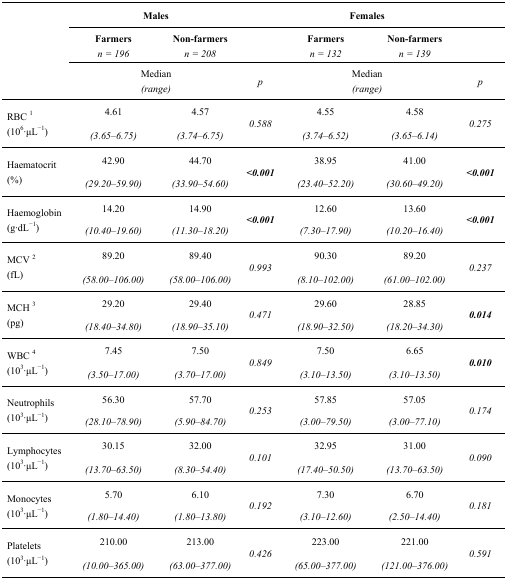
<table><thead><tr><td></td><td colspan="2"><b>Males</b></td><td></td><td colspan="2"><b>Females</b></td><td></td></tr><tr><td></td><td><b>Farmers<i>n = 196</i></b></td><td><b>Non-farmers<i>n = 208</i></b></td><td></td><td><b>Farmers<i>n = 132</i></b></td><td><b>Non-farmers<i>n = 139</i></b></td><td></td></tr><tr><td></td><td colspan="2"><b>Median<i>(range)</i></b></td><td><b><i>p</i></b></td><td colspan="2"><b>Median<i>(range)</i></b></td><td><b><i>p</i></b></td></tr></thead><tbody><tr><td rowspan="2">RBC <sup>1</sup> (10<sup>6</sup>·μL<sup>−1</sup>)</td><td>4.61</td><td>4.57</td><td rowspan="2"><i>0.588</i></td><td>4.55</td><td>4.58</td><td rowspan="2"><i>0.275</i></td></tr><tr><td><i>(3.65–6.75)</i></td><td><i>(3.74–6.75)</i></td><td><i>(3.74–6.52)</i></td><td><i>(3.65–6.14)</i></td></tr><tr><td rowspan="2">Haematocrit (%)</td><td>42.90</td><td>44.70</td><td rowspan="2"><b><i>&lt;0.001</i></b></td><td>38.95</td><td>41.00</td><td rowspan="2"><b><i>&lt;0.001</i></b></td></tr><tr><td><i>(29.20–59.90)</i></td><td><i>(33.90–54.60)</i></td><td><i>(23.40–52.20)</i></td><td><i>(30.60–49.20)</i></td></tr><tr><td rowspan="2">Haemoglobin (g·dL<sup>−1</sup>)</td><td>14.20</td><td>14.90</td><td rowspan="2"><b><i>&lt;0.001</i></b></td><td>12.60</td><td>13.60</td><td rowspan="2"><b><i>&lt;0.001</i></b></td></tr><tr><td><i>(10.40–19.60)</i></td><td><i>(11.30–18.20)</i></td><td><i>(7.30–17.90)</i></td><td><i>(10.20–16.40)</i></td></tr><tr><td rowspan="2">MCV <sup>2</sup> (fL)</td><td>89.20</td><td>89.40</td><td rowspan="2"><i>0.993</i></td><td>90.30</td><td>89.20</td><td rowspan="2"><i>0.237</i></td></tr><tr><td><i>(58.00–106.00)</i></td><td><i>(58.00–106.00)</i></td><td><i>(8.10–102.00)</i></td><td><i>(61.00–102.00)</i></td></tr><tr><td rowspan="2">MCH <sup>3</sup> (pg)</td><td>29.20</td><td>29.40</td><td rowspan="2"><i>0.471</i></td><td>29.60</td><td>28.85</td><td rowspan="2"><b><i>0.014</i></b></td></tr><tr><td><i>(18.40–34.80)</i></td><td><i>(18.90–35.10)</i></td><td><i>(18.90–32.50)</i></td><td><i>(18.20–34.30)</i></td></tr><tr><td rowspan="2">WBC <sup>4</sup> (10<sup>3</sup>·μL<sup>−1</sup>)</td><td>7.45</td><td>7.50</td><td rowspan="2"><i>0.849</i></td><td>7.50</td><td>6.65</td><td rowspan="2"><b><i>0.010</i></b></td></tr><tr><td><i>(3.50–17.00)</i></td><td><i>(3.70–17.00)</i></td><td><i>(3.10–13.50)</i></td><td><i>(3.10–13.50)</i></td></tr><tr><td rowspan="2">Neutrophils (10<sup>3</sup>·μL<sup>−1</sup>)</td><td>56.30</td><td>57.70</td><td rowspan="2"><i>0.253</i></td><td>57.85</td><td>57.05</td><td rowspan="2"><i>0.174</i></td></tr><tr><td><i>(28.10–78.90)</i></td><td><i>(5.90–84.70)</i></td><td><i>(3.00–79.50)</i></td><td><i>(3.00–77.10)</i></td></tr><tr><td rowspan="2">Lymphocytes (10<sup>3</sup>·μL<sup>−1</sup>)</td><td>30.15</td><td>32.00</td><td rowspan="2"><i>0.101</i></td><td>32.95</td><td>31.00</td><td rowspan="2"><i>0.090</i></td></tr><tr><td><i>(13.70–63.50)</i></td><td><i>(8.30–54.40)</i></td><td><i>(17.40–50.50)</i></td><td><i>(13.70–63.50)</i></td></tr><tr><td rowspan="2">Monocytes (10<sup>3</sup>·μL<sup>−1</sup>)</td><td>5.70</td><td>6.10</td><td rowspan="2"><i>0.192</i></td><td>7.30</td><td>6.70</td><td rowspan="2"><i>0.181</i></td></tr><tr><td><i>(1.80–14.40)</i></td><td><i>(1.80–13.80)</i></td><td><i>(3.10–12.60)</i></td><td><i>(2.50–14.40)</i></td></tr><tr><td rowspan="2">Platelets (10<sup>3</sup>·μL<sup>−1</sup>)</td><td>210.00</td><td>213.00</td><td rowspan="2"><i>0.426</i></td><td>223.00</td><td>221.00</td><td rowspan="2"><i>0.591</i></td></tr><tr><td><i>(10.00–365.00)</i></td><td><i>(63.00–377.00)</i></td><td><i>(65.00–377.00)</i></td><td><i>(121.00–376.00)</i></td></tr></tbody></table>